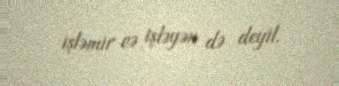
işləmir və işləyən də deyil.